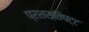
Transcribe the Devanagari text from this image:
प्रशस्तिपट्ट